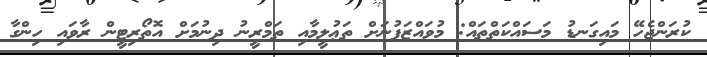
ކުރަންޖެހޭ މައިގަނޑު މަސައްކަތްތައް: މުވައްޒަފުނަށް ތަޢުލީމާއި ތަމްރީނު ދިނުމަށް އޮތޯރިޓީން ރާވައި ހިންގާ